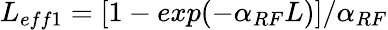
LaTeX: L_{eff1}=[1-exp(-\alpha_{RF}L)]/\alpha_{RF}